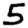
Digit: 5